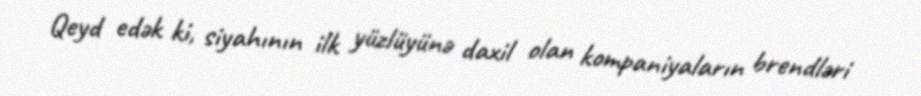
Qeyd edək ki, siyahının ilk yüzlüyünə daxil olan kompaniyaların brendləri